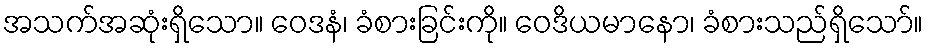
အသက်အဆုံးရှိသော။ ဝေဒနံ၊ ခံစားခြင်းကို။ ဝေဒိယမာနော၊ ခံစားသည်ရှိသော်။